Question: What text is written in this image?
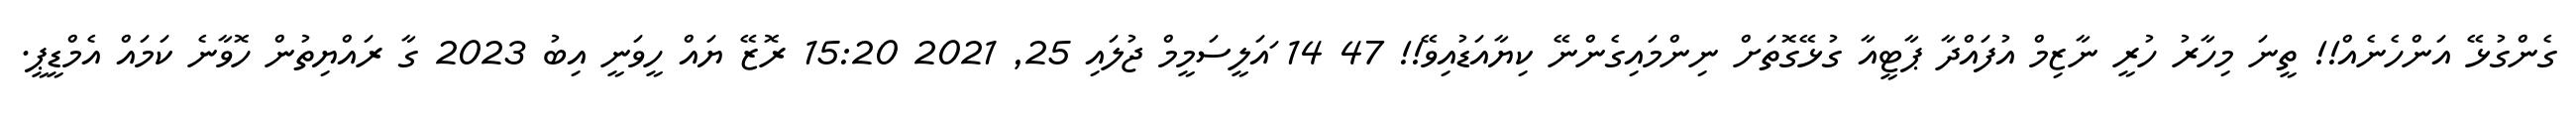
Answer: ގެންގުޅޭ އަންހެނެއް!! ތީނަ މިހާރު ހުރީ ނާޒިމް އުފައްދާ ޕާޓީއާ ގުޅޭގޮތަށް ނިންމައިގެންނޭ ކިޔާއަޑުއިވޭ!! 47 14 ައަލީސަމީމް ޖުލައި 25, 2021 15:20 ރޮޒޭ ޔައް ހީވަނީ އިބު 2023 ގާ ރައްޔިތުން ހޮވާނެ ކަމައް އެމްޑީޕީ.